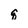
Character: q